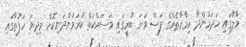
މާލޭގައި ހަދަމުންދާ އިމާރާތެއްގެ ފަސް ވަނަ ބުރީގައި މަސައްކަތް ކުރަމުންދަނިކޮށް މިދިޔަ ހަފުތާގައި